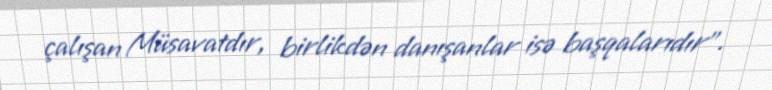
çalışan Müsavatdır, birlikdən danışanlar isə başqalarıdır”.